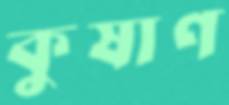
কুষাণ